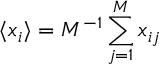
\langle x _ { i } \rangle = M ^ { - 1 } \sum _ { j = 1 } ^ { M } x _ { i j }